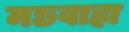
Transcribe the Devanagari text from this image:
मछवाहा